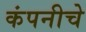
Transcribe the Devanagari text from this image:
कंपनीचेे